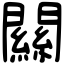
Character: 𨶹